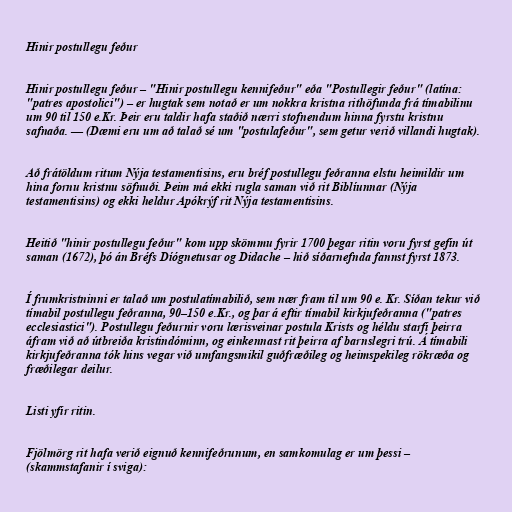
Hinir postullegu feður

Hinir postullegu feður – "Hinir postullegu kennifeður" eða "Postullegir feður" (latína:
"patres apostolici") – er hugtak sem notað er um nokkra kristna rithöfunda frá tímabilinu
um 90 til 150 e.Kr. Þeir eru taldir hafa staðið nærri stofnendum hinna fyrstu kristnu
safnaða. — (Dæmi eru um að talað sé um "postulafeður", sem getur verið villandi hugtak).

Að frátöldum ritum Nýja testamentisins, eru bréf postullegu feðranna elstu heimildir um
hina fornu kristnu söfnuði. Þeim má ekki rugla saman við rit Biblíunnar (Nýja
testamentisins) og ekki heldur Apókrýf rit Nýja testamentisins.

Heitið "hinir postullegu feður" kom upp skömmu fyrir 1700 þegar ritin voru fyrst gefin út
saman (1672), þó án Bréfs Díógnetusar og Didache – hið síðarnefnda fannst fyrst 1873.

Í frumkristninni er talað um postulatímabilið, sem nær fram til um 90 e. Kr. Síðan tekur við
tímabil postullegu feðranna, 90–150 e.Kr., og þar á eftir tímabil kirkjufeðranna ("patres
ecclesiastici"). Postullegu feðurnir voru lærisveinar postula Krists og héldu starfi þeirra
áfram við að útbreiða kristindóminn, og einkennast rit þeirra af barnslegri trú. Á tímabili
kirkjufeðranna tók hins vegar við umfangsmikil guðfræðileg og heimspekileg rökræða og
fræðilegar deilur.

Listi yfir ritin.

Fjölmörg rit hafa verið eignuð kennifeðrunum, en samkomulag er um þessi –
(skammstafanir í sviga):